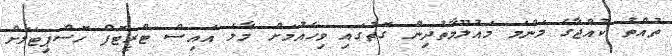
ތުއްތު ކުއްޖާގެ މަންމަ މައުލޫމާތުދިން ގޮތުގައި ވިހެއުމަށް މާލެ އައިސް ޓްރީޓޮޕް ހޮސްޕިޓަލަށް